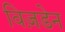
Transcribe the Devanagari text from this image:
विज़डेन